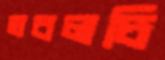
তবলচি